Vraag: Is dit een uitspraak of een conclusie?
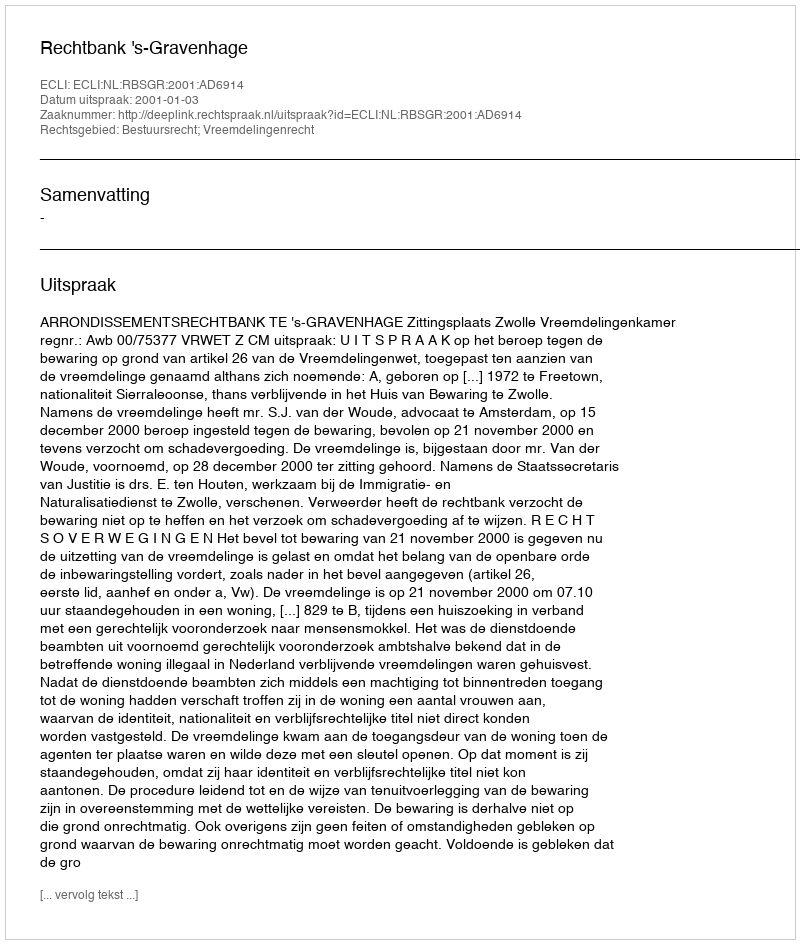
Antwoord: Uitspraak